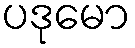
ပဒုမော